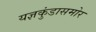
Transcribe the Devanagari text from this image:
यज्ञकुंडासमोर